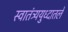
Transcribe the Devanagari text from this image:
स्वातंत्र्ययुध्दातले